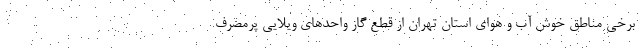
برخی مناطق خوش آب و هوای استان تهران از قطع گاز واحدهای ویلایی پرمصرف